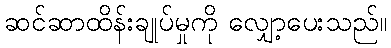
ဆင်ဆာထိန်းချုပ်မှုကို လျှော့ပေးသည်။